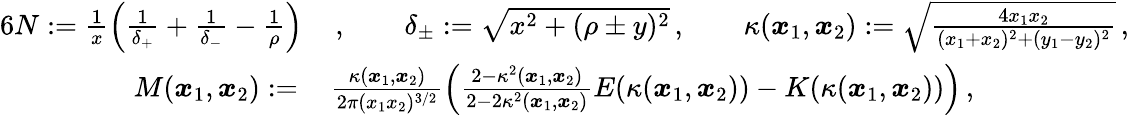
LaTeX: \begin{array}{rl}{{6}N:=\frac{1}{x}\left(\frac{1}{\delta_{+}}+\frac{1}{\delta_{-}}-\frac{1}{\rho}\right)}&{{}\, ,\qquad\delta_{\pm}:=\sqrt{x^{2}+(\rho\pm y)^{2}}\, ,\qquad\kappa(\boldsymbol x_{1},\boldsymbol x_{2}):=\sqrt{\frac{4x_{1}x_{2}}{(x_{1}+x_{2})^{2}+(y_{1}-y_{2})^{2}}}\, ,}\\ {M(\boldsymbol x_{1},\boldsymbol x_{2}):=\, }&{{}\frac{\kappa(\boldsymbol x_{1},\boldsymbol x_{2})}{2\pi(x_{1}x_{2})^{3/2}}\left(\frac{2-\kappa^{2}(\boldsymbol x_{1},\boldsymbol x_{2})}{2-2\kappa^{2}(\boldsymbol x_{1},\boldsymbol x_{2})}E(\kappa(\boldsymbol x_{1},\boldsymbol x_{2}))-K(\kappa(\boldsymbol x_{1},\boldsymbol x_{2}))\right)\, ,}\end{array}